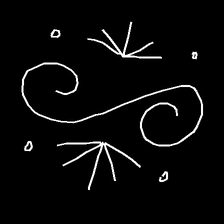
Glyph: aeroform